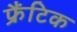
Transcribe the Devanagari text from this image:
फ्रैंटिक